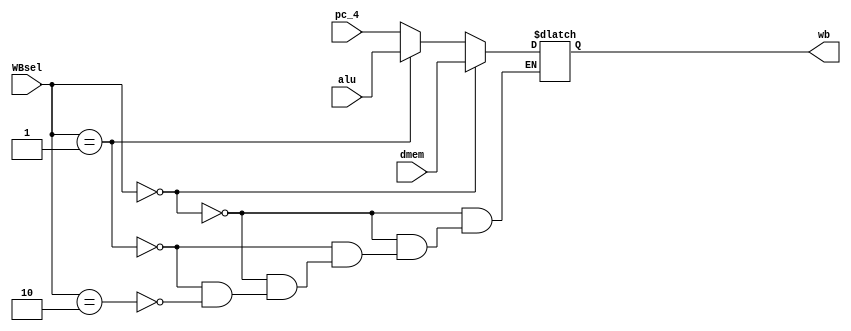
module mux4 (
    input [31:0] dmem,alu,pc_4,
    input [1:0] WBsel,
    output reg [31:0] wb
);
    always @(*) begin
       if (WBsel == 0) wb = dmem;
       else if (WBsel == 1) wb = alu;
       else if (WBsel == 2) wb = pc_4;
    end
    
endmodule